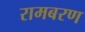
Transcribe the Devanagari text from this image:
रामबरण